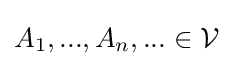
A_{1},...,A_{n},...\in {\mathcal {V}}